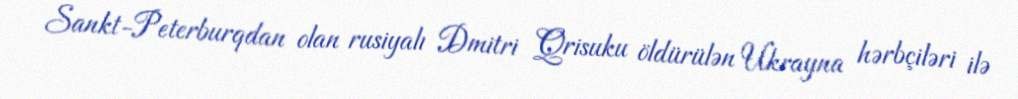
Sankt-Peterburqdan olan rusiyalı Dmitri Qrisuku öldürülən Ukrayna hərbçiləri ilə